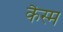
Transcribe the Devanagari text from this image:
कैस्म